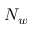
N _ { w }